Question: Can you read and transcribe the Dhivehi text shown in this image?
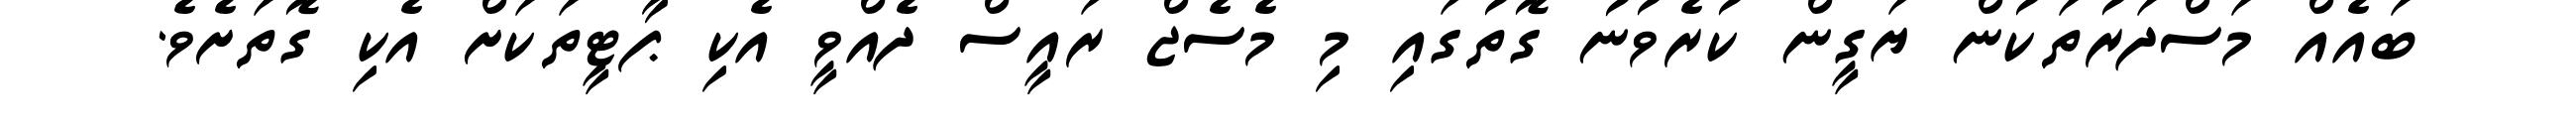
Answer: ބައެއް މަސްދަރުތަކުން ޔަގީން ކުރެވުނު ގޮތުގައި މި މެސެޖް ރައީސް ދެއްވީ އެކި ޕާޓީތަކަށް އެކި ގޮތަށެވެ.